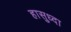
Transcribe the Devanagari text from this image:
हासुध्दा